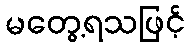
မတွေ့ရသဖြင့်